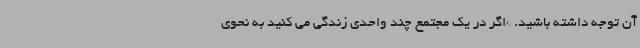
آن توجه داشته باشید. *اگر در یک مجتمع چند واحدی زندگی می کنید به نحوی